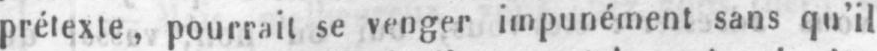
prétexte, pourrait se venger impunément sans qu’il